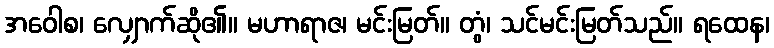
အဝေါစ၊ လျှောက်ဆို၏။ မဟာရာဇ၊ မင်းမြတ်။ တွံ၊ သင်မင်းမြတ်သည်။ ရထေန၊